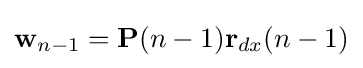
\mathbf {w} _{n-1}=\mathbf {P} (n-1)\mathbf {r} _{dx}(n-1)